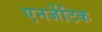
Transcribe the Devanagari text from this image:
एनर्जेटिक